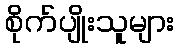
စိုက်ပျိုးသူများ